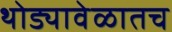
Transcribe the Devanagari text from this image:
थोड्यावेळातच